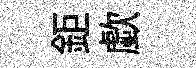
鉅歔